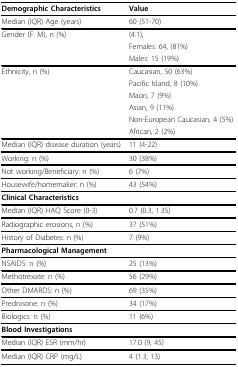
<table><thead><tr><td><b>Demographic Characteristics</b></td><td><b>Value</b></td></tr></thead><tbody><tr><td>Median (IQR) Age (years)</td><td>60 (51-70)</td></tr><tr><td>Gender (F: M), n (%)</td><td>(4:1),</td></tr><tr><td>[EMPTY_CELL]</td><td>Females: 64, (81%)</td></tr><tr><td>[EMPTY_CELL]</td><td>Males: 15 (19%)</td></tr><tr><td>Ethnicity, n (%)</td><td>Caucasian, 50 (63%)</td></tr><tr><td>[EMPTY_CELL]</td><td>Pacific Island, 8 (10%)</td></tr><tr><td>[EMPTY_CELL]</td><td>Maori, 7 (9%)</td></tr><tr><td>[EMPTY_CELL]</td><td>Asian, 9 (11%)</td></tr><tr><td>[EMPTY_CELL]</td><td>Non-European Caucasian, 4 (5%)</td></tr><tr><td>[EMPTY_CELL]</td><td>African, 2 (2%)</td></tr><tr><td>Median (IQR) disease duration (years)</td><td>11 (4-22)</td></tr><tr><td>Working: n (%)</td><td>30 (38%)</td></tr><tr><td>Not working/Beneficiary: n (%)</td><td>6 (7%)</td></tr><tr><td>Housewife/homemaker: n (%)</td><td>43 (54%)</td></tr><tr><td><b>Clinical Characteristics</b></td><td>[EMPTY_CELL]</td></tr><tr><td>Median (IQR) HAQ Score (0-3)</td><td>0.7 (0.3, 1.35)</td></tr><tr><td>Radiographic erosions, n (%)</td><td>37 (51%)</td></tr><tr><td>History of Diabetes: n (%)</td><td>7 (9%)</td></tr><tr><td><b>Pharmacological Management</b></td><td>[EMPTY_CELL]</td></tr><tr><td>NSAIDS: n (%)</td><td>25 (13%)</td></tr><tr><td>Methotrexate: n (%)</td><td>56 (29%)</td></tr><tr><td>Other DMARDS: n (%)</td><td>69 (35%)</td></tr><tr><td>Prednisone: n (%)</td><td>34 (17%)</td></tr><tr><td>Biologics: n (%)</td><td>11 (6%)</td></tr><tr><td><b>Blood Investigations</b></td><td>[EMPTY_CELL]</td></tr><tr><td>Median (IQR) ESR (mm/hr)</td><td>17.0 (9, 45)</td></tr><tr><td>Median (IQR) CRP (mg/L)</td><td>4 (1.3; 13)</td></tr></tbody></table>